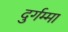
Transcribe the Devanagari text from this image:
दुर्गम्मा